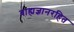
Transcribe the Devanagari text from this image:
बाह्यज्ञानरहित